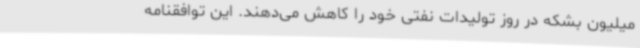
میلیون بشکه در روز تولیدات نفتی خود را کاهش می‌دهند. این توافقنامه